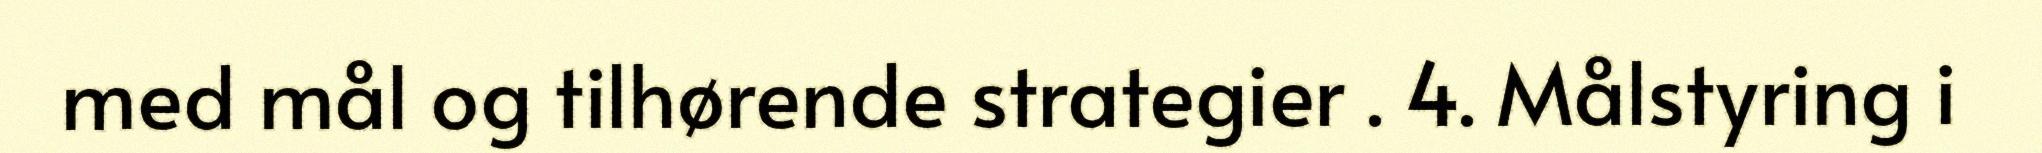
med mål og tilhørende strategier . 4. Målstyring i